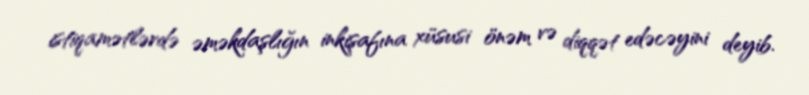
istiqamətlərdə əməkdaşlığın inkişafına xüsusi önəm və diqqət edəcəyini deyib.